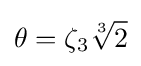
\theta =\zeta _{3}{\sqrt[{3}]{2}}